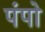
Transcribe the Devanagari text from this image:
पंपो